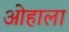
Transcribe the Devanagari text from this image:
ओहाला